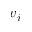
v _ { i }